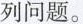
列问题。